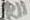
Text: R11